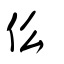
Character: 仫